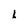
Character: L